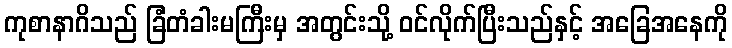
ကုစာနာဂိသည် ခြံတံခါးမကြီးမှ အတွင်းသို့ ဝင်လိုက်ပြီးသည်နှင့် အခြေအနေကို